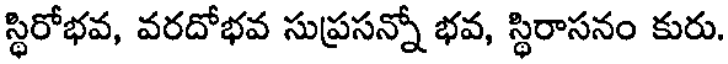
స్థిరోభవ, వరదోభవ సుప్రసన్నో భవ, స్థిరాసనం కురు.